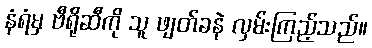
နံရံမှ ဗီရိုဆီကို သူ ဖျတ်ခနဲ လှမ်းကြည့်သည်။